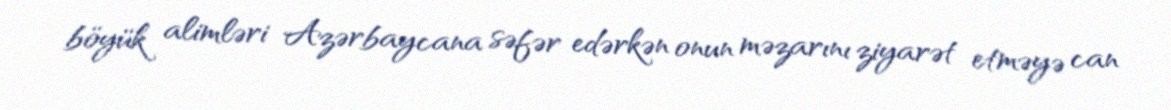
böyük alimləri Azərbaycana səfər edərkən onun məzarını ziyarət etməyə can